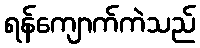
ရန်ကျောက်ကဲသည်